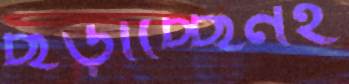
ছড়াচ্ছেনই